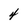
Character: 4